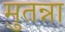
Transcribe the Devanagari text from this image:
मुतन्ना